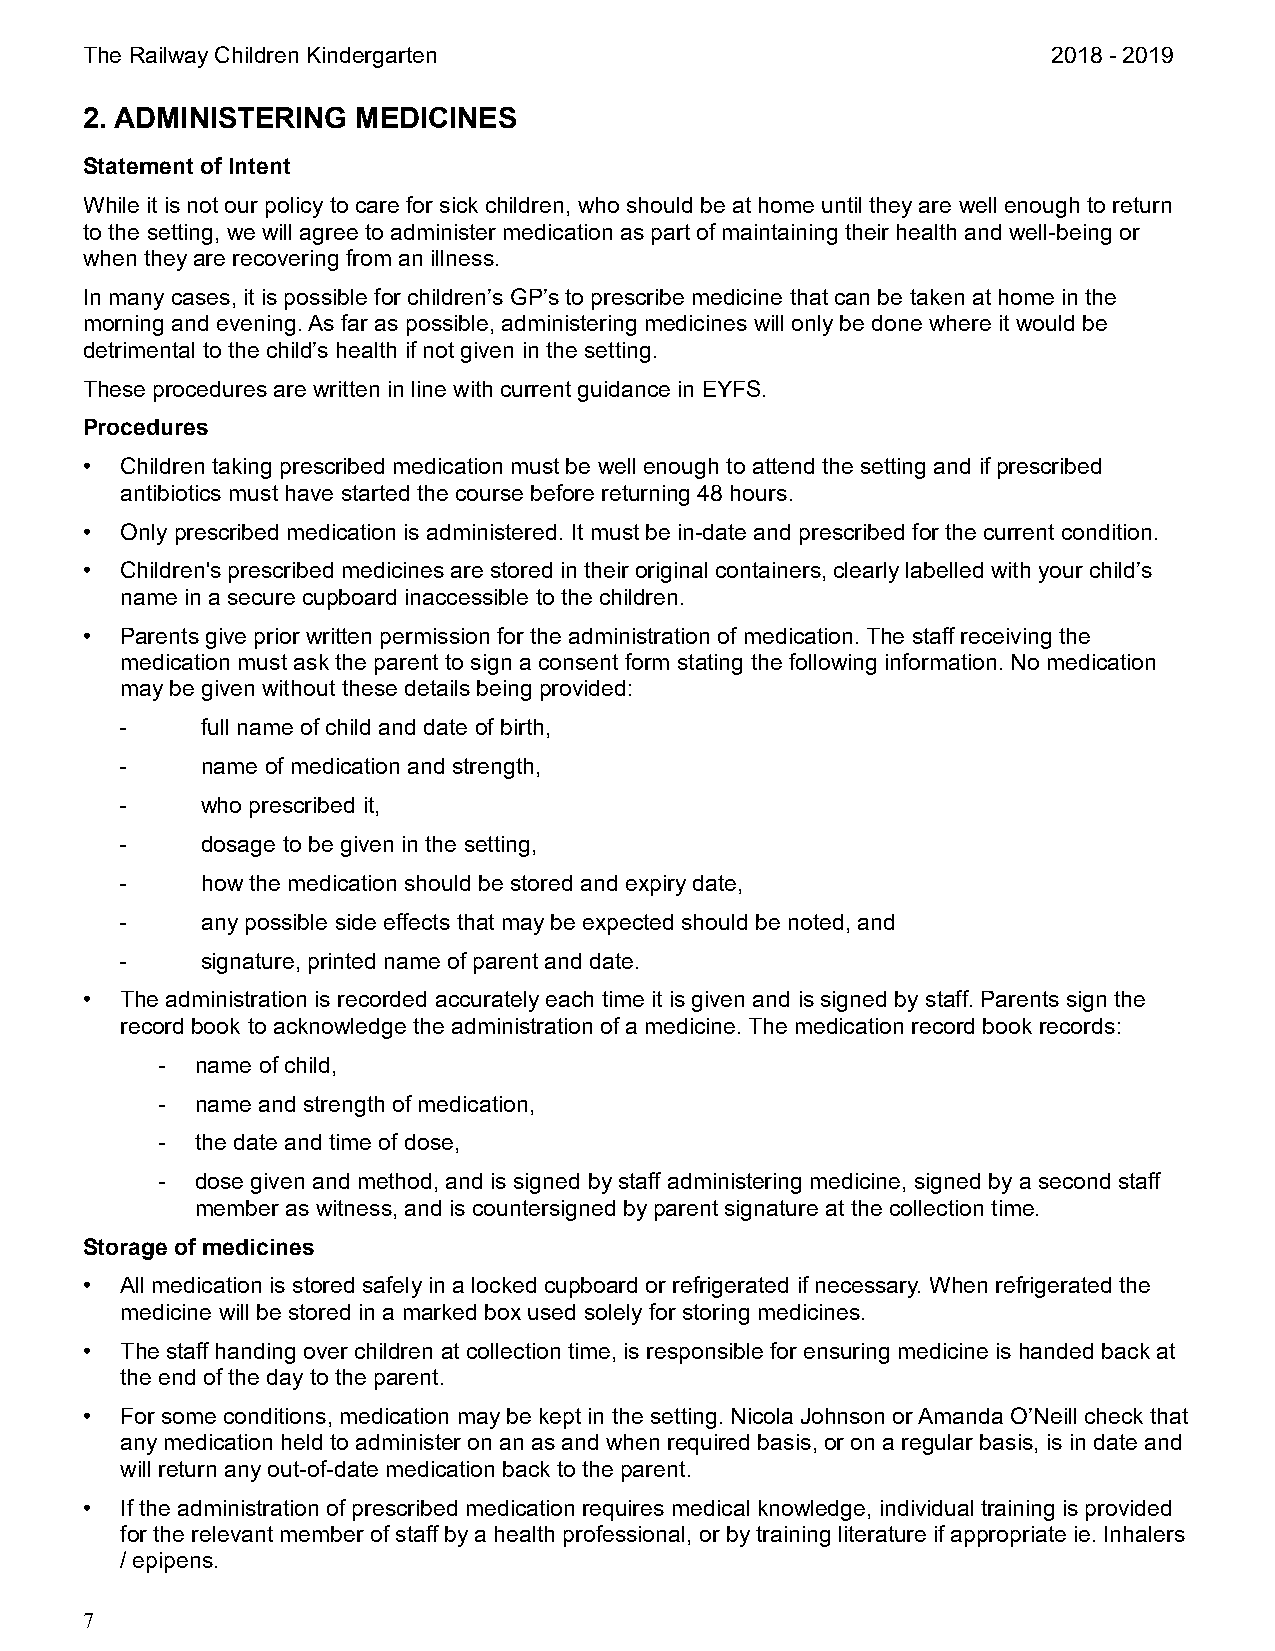
The Railway Children Kindergarten                                2018 - 2019
 2. ADMINISTERING   MEDICINES
 Statement of Intent
 While it is not our policy to care for sick children, who should be at home until they are well enough to return
 to the setting, we will agree to administer medication as part of maintaining their health and well-being or
 when they are recovering from an illness.
 In many cases, it is possible for children’s GP’s to prescribe medicine that can be taken at home in the
 morning and evening. As far as possible, administering medicines will only be done where it would be
 detrimental to the child’s health if not given in the setting.
 These procedures are written in line with current guidance in EYFS.
 Procedures
 •  Children taking prescribed medication must be well enough to attend the setting and if prescribed
 antibiotics must have started the course before returning 48 hours.
 •  Only prescribed medication is administered. It must be in-date and prescribed for the current condition.
 •  Children's prescribed medicines are stored in their original containers, clearly labelled with your child’s
 name in a secure cupboard inaccessible to the children.
 •  Parents give prior written permission for the administration of medication. The staff receiving the
 medication must ask the parent to sign a consent form stating the following information. No medication
 may be given without these details being provided:
 -    full name of child and date of birth,
 -    name of medication and strength,
 -    who prescribed it,
 -    dosage to be given in the setting,
 -    how the medication should be stored and expiry date,
 -    any possible side effects that may be expected should be noted, and
 -    signature, printed name of parent and date.
 •  The administration is recorded accurately each time it is given and is signed by staff. Parents sign the
 record book to acknowledge the administration of a medicine. The medication record book records:
 -  name of child,
 -  name and strength of medication,
 -  the date and time of dose,
 -  dose given and method, and is signed by staff administering medicine, signed by a second staff
 member as witness, and is countersigned by parent signature at the collection time.
 Storage of medicines
 •  All medication is stored safely in a locked cupboard or refrigerated if necessary. When refrigerated the
 medicine will be stored in a marked box used solely for storing medicines.
 •  The staff handing over children at collection time, is responsible for ensuring medicine is handed back at
 the end of the day to the parent.
 •  For some conditions, medication may be kept in the setting. Nicola Johnson or Amanda O’Neill check that
 any medication held to administer on an as and when required basis, or on a regular basis, is in date and
 will return any out-of-date medication back to the parent.
 •  If the administration of prescribed medication requires medical knowledge, individual training is provided
 for the relevant member of staff by a health professional, or by training literature if appropriate ie. Inhalers
 / epipens.
 7